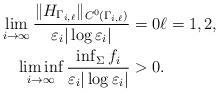
LaTeX: \begin{align*} \lim_{i \to \infty} \frac{\Vert H_{\Gamma_{i,\ell}} \Vert_{C^0(\Gamma_{i,\ell})}}{\varepsilon_i |\log \varepsilon_i|} & = 0 \ell = 1, 2, \\\liminf_{i \to \infty} \frac{\inf_{\Sigma} f_i}{\varepsilon_i |\log \varepsilon_i|} & > 0. \end{align*}